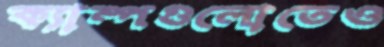
ক্যাম্পগুলোতেও